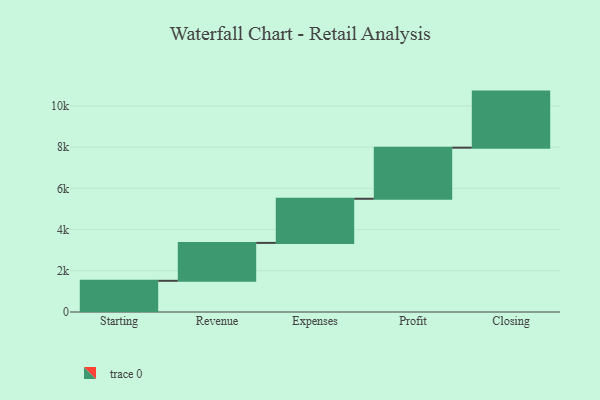
{"axis": {"x": "Step", "y": "Value"}, "legend": [""], "data": [{"x": "Starting", "y": 1514.0, "type": ""}, {"x": "Revenue", "y": 1839.0, "type": ""}, {"x": "Expenses", "y": 2142.0, "type": ""}, {"x": "Profit", "y": 2479.0, "type": ""}, {"x": "Closing", "y": 2721.0, "type": ""}]}